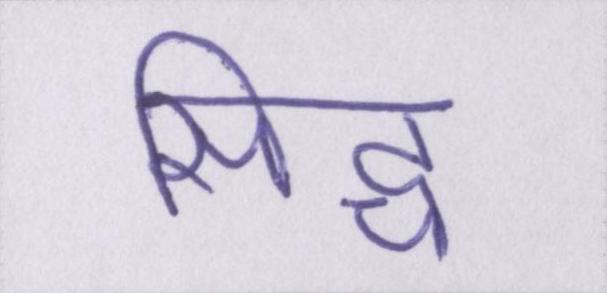
सिद्ध